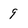
Character: 9